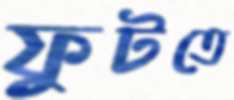
ফুটতে